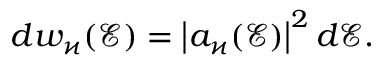
d w _ { \varkappa } ( \mathcal { E } ) = \left| a _ { \varkappa } ( \mathcal { E } ) \right| ^ { 2 } d \mathcal { E } .